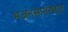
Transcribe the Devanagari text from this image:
भजनसमारंभात